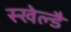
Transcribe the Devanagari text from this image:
स्खेल्डै